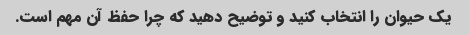
یک حیوان را انتخاب کنید و توضیح دهید که چرا حفظ آن مهم است.